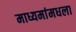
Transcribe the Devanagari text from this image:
माध्यमांमधला